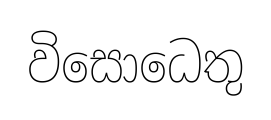
විසොධෙතු